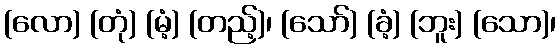
(လော) (တုံ) (မံ့) (တည့်)၊ (သော်) (ခံ့) (ဘူး) (သော)၊